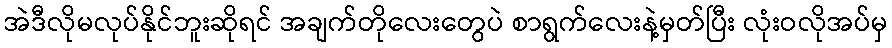
အဲဒီလိုမလုပ်နိုင်ဘူးဆိုရင် အချက်တိုလေးတွေပဲ စာရွက်လေးနဲ့မှတ်ပြီး လုံးဝလိုအပ်မှ